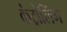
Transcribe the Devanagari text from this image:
कंट्रोलिंग